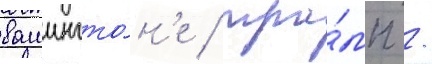
вашингто́н'е / тра́мп /